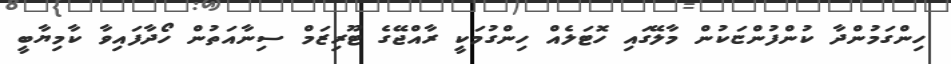
ހިންގަމުންދާ ކުންފުންޏަކުން މާލޭގައި ހޮޓަލެއް ހިންގުމަކީ ރާއްޖޭގެ ޓޫރިޒަމް ސިނާއަތުން ހޯދާފައިވާ ކާމިޔާބީ